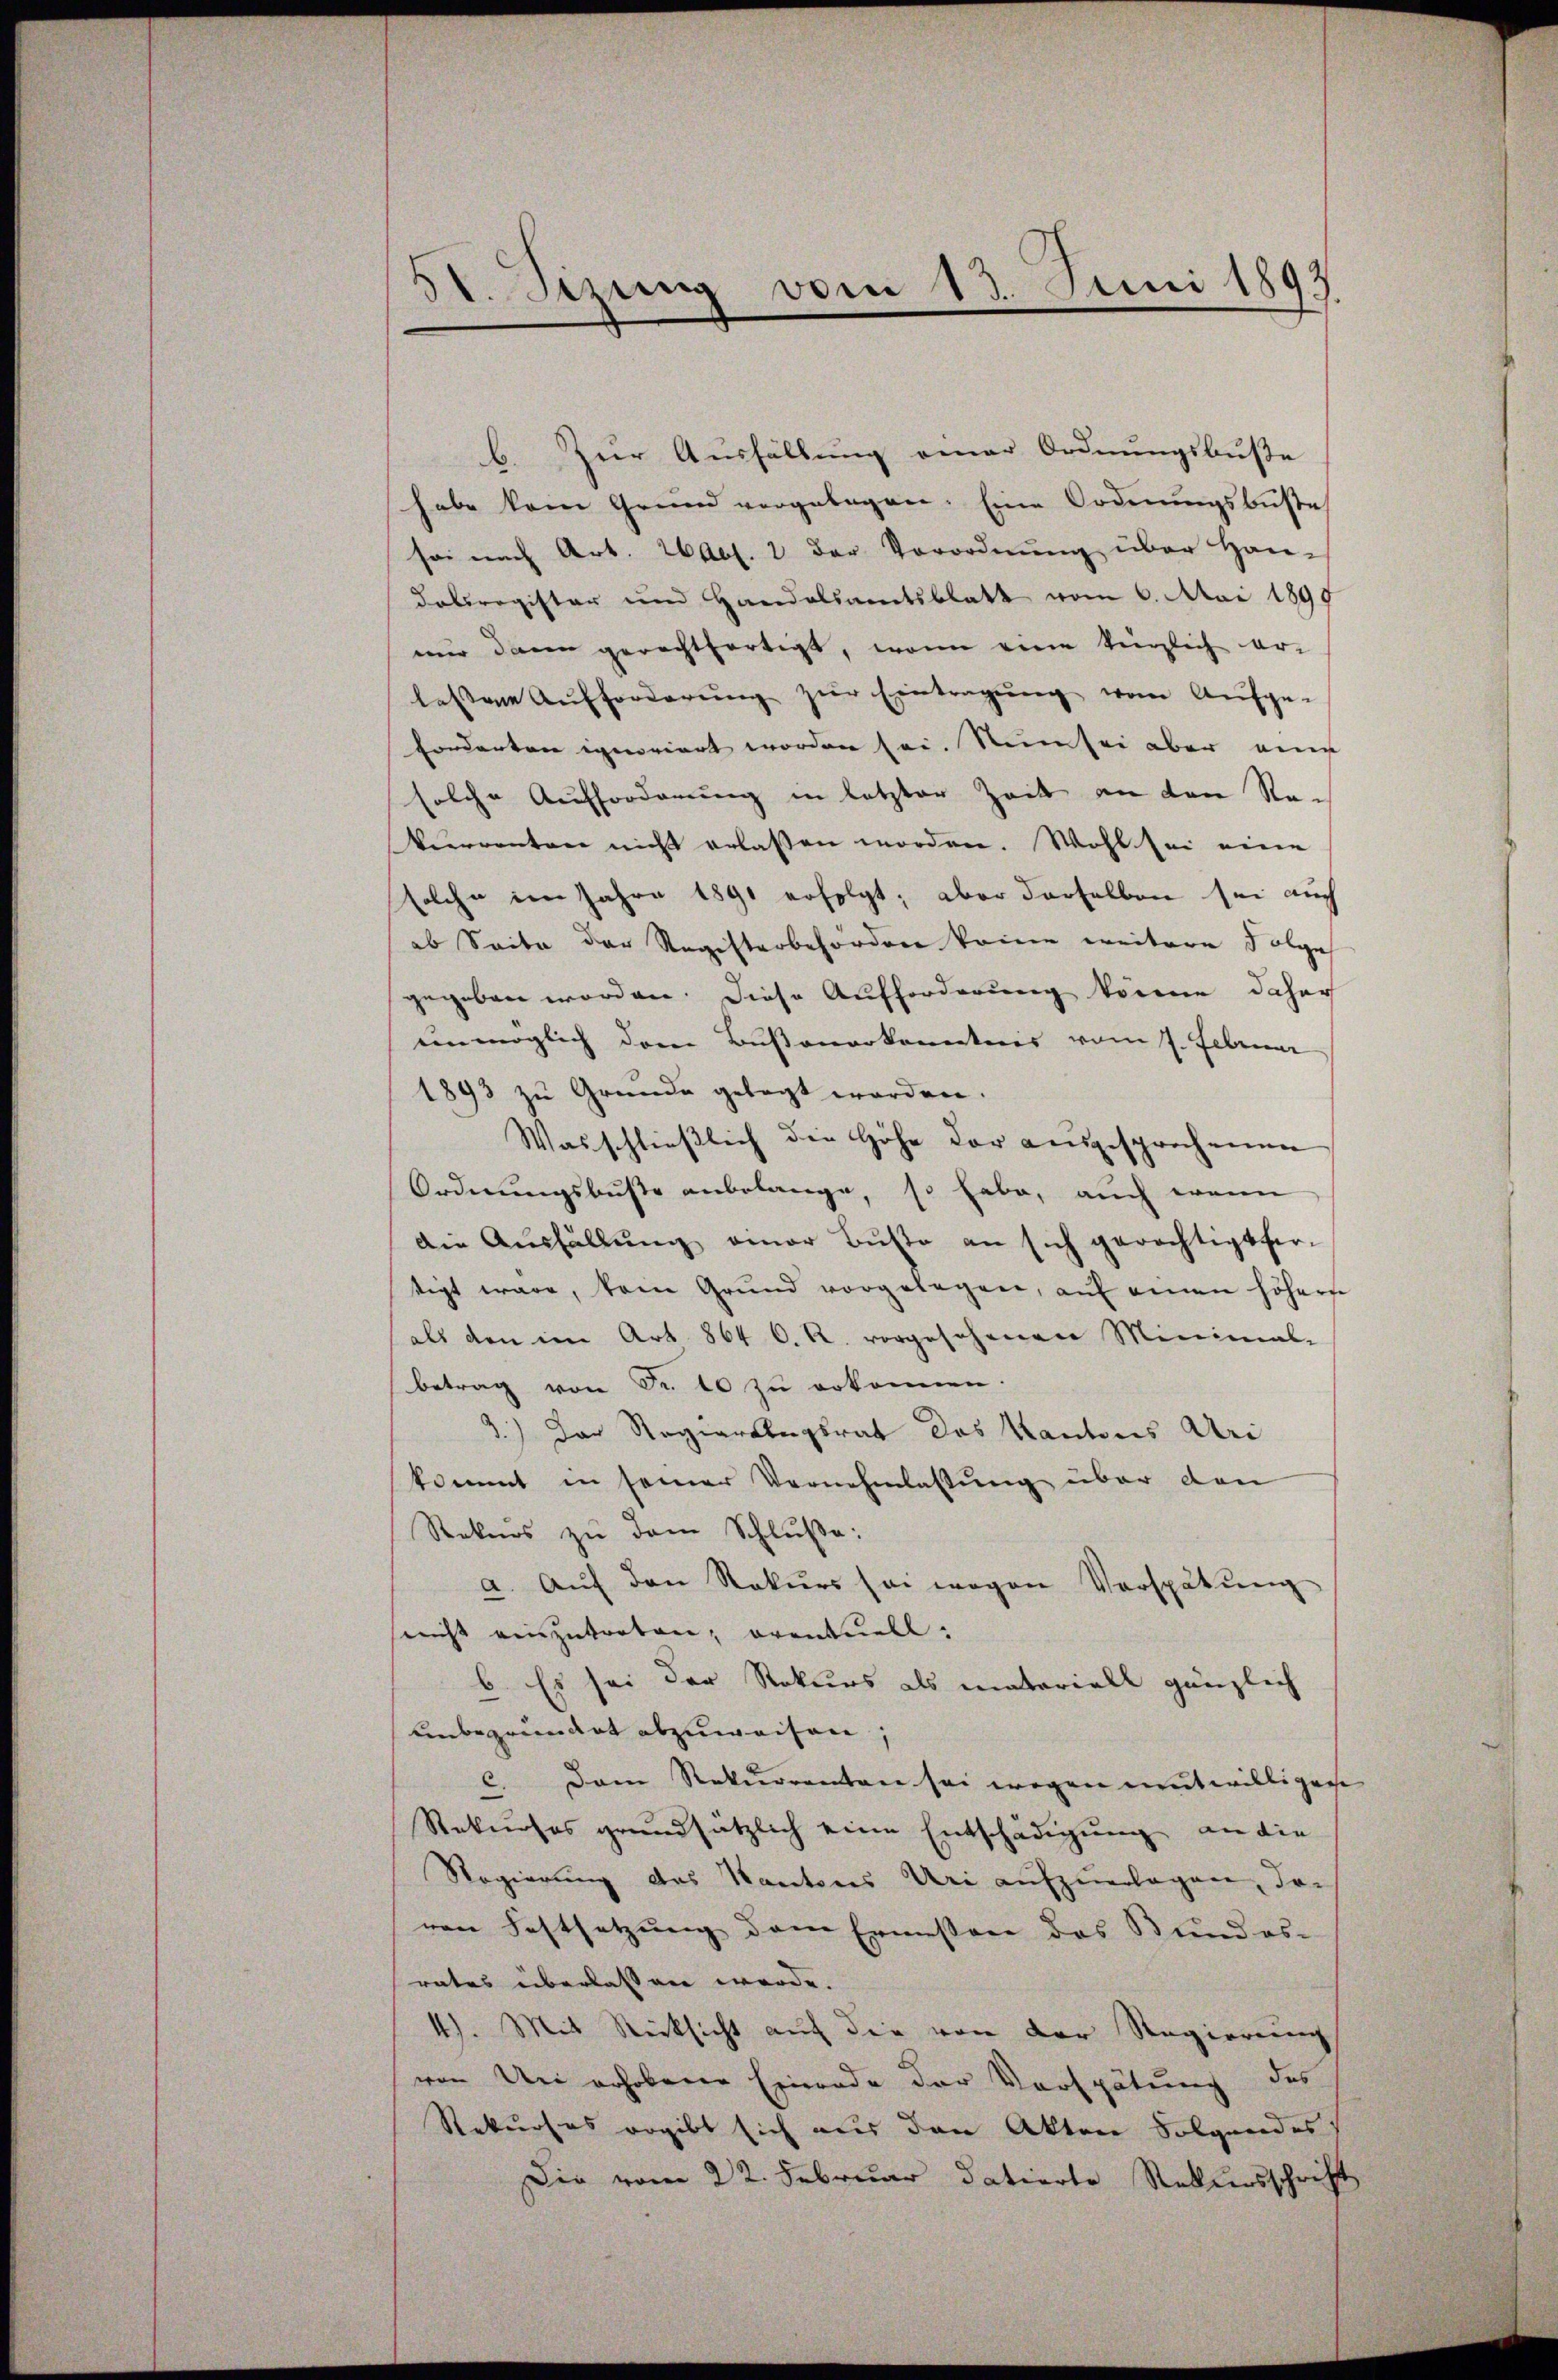
51. Sizung vom 13. Juni 1893

b. Zur Ausfällung einer Ordnungsbuße
habe kam Grund vorgelegen. Eine Ordnungsbuße
sei nach Art. Abs. 2 der Vorordnung über Han¬
Dabrogister und Handelsamtsblatt vom 6. Mai 1899
nur dann gerechtfertigt, wenn eine herzlich er-
lessene Aufforderŭng zŭr Eintragŭng von Aufge-
Corderten ignoriert worden sei. Nun sei aber eine
solche Aufforderung in letzter Zeit an den Ran
Verrenten nicht erlassen worden. Wohl sei eine
solche im Jahre 1891 erfolgt; aber derselben sei auch
ab Seite der Registerbefördere keine weitere Folge
gegeben worden. Diese Aufforderung könne daher
unmöglich dem Bußenarkanntnis vom 7. Februar
1893 zu Grunde gelegt worden.
Wasschließlich die Höhe der ausgesprochenen
Ordnungsbuße anbelange, so habe, auch wenn
Die Ausfällung einer Busto an sich gerichtigt her-
tigt wäre, kann Grund vorgelegen, auf einen höhere
als den im Art. 864 C. R. vorgesehenen Minimal-
betrag von Fr. 10 zu erkennen.
1.) Der Regierungsrat des Kantons Uri
kommt in seiner Vernehmlassung über den
Rekurs zu dem Schluße:
a. Aŭf den Rekurs sei wegen Verspätung
nicht einzutreten, eventuell:
b. Es sei der Rekurs als materiell gänzlich
unbegründet abzuweisen;
c. Dem Rekurrenten sei wegen entwilligen
Rekurses grundsätzlich eine Entschädigung an die
Regierung das Kantones Uri aufzuerlagen, dor
ven Festsetzung dem Ermessen das Bundes-
rates überlassen werde.
4). Mit Rücksicht auf die von der Regierung
von Uri erhobene Einrade der Vorspätung des
Rekurses ergibt sich aus den Akten Folgendes
Die vom 22. Februar datierte Rekursschrift